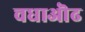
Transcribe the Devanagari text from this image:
चधाऒढ